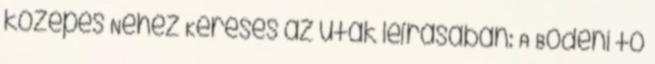
közepes Nehéz Keresés az utak leírásában: A Bódeni tó